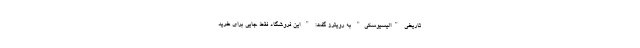
تاریخی "الیسیوسکی" به رویترز گفت: " این فروشگاه فقط جایی برای خرید